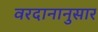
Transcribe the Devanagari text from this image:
वरदानानुसार